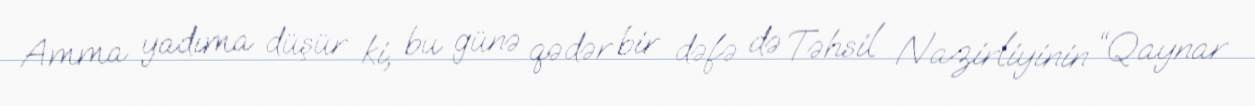
Amma yadıma düşür ki, bu günə qədər bir dəfə də Təhsil Nazirliyinin “Qaynar